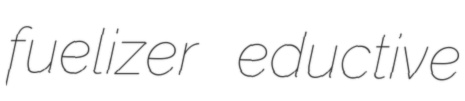
fuelizer eductive